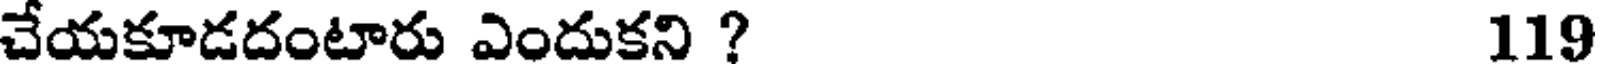
చేయకూడదంటారు ఎందుకని ? 119